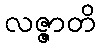
လဇ္ဇာတိ